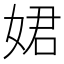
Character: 𡝗